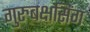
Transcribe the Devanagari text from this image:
गुरुबक्षसिंग